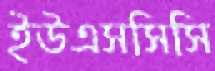
ইউএসসিসি